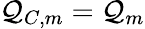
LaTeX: \mathcal{Q}_{C,m}=\mathcal{Q}_{m}